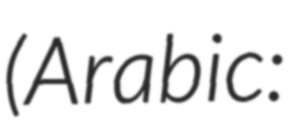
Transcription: (Arabic: